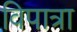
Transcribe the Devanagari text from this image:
विपात्रा